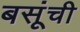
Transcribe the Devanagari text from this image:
बसूंची